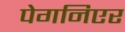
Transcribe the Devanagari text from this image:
पेगनिएर